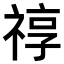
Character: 𥚠